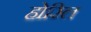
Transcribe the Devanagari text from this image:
होरिल